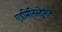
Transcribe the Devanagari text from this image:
एडमिनिस्‍ट्रेशन